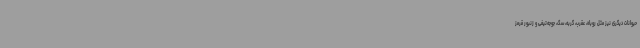
حیوانات دیگری نیز مثل روباه، عقرب، گربه، سگ، جوجه‌تیغی و زنبور قرمز